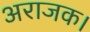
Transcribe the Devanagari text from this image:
अराजक।